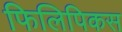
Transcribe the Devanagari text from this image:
फिलिपिकस